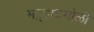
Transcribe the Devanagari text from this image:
मऱ्हाटमोळी